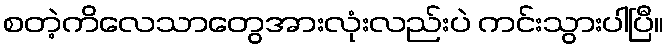
စတဲ့ကိလေသာတွေအားလုံးလည်းပဲ ကင်းသွားပါပြီ။